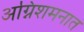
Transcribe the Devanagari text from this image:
अग्निशमनात